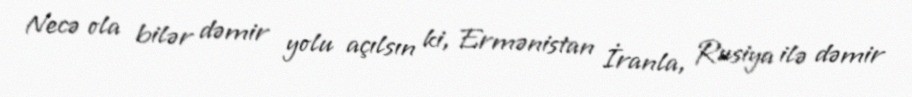
Necə ola bilər dəmir yolu açılsın ki, Ermənistan İranla, Rusiya ilə dəmir